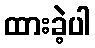
ထားခဲ့ပါ